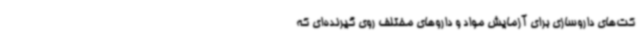
کت‌های داروسازی برای آزمایش مواد و داروهای مختلف روی گیرنده‌ای که